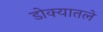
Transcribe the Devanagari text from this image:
डोक्यातले